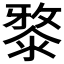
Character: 𣻊